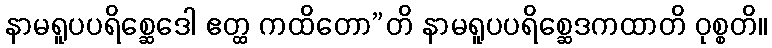
နာမရူပပရိစ္ဆေဒေါ ဧတ္ထ ကထိတော”တိ နာမရူပပရိစ္ဆေဒကထာတိ ဝုစ္စတိ။